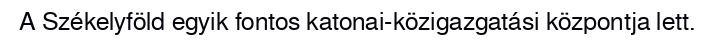
A Székelyföld egyik fontos katonai-közigazgatási központja lett.